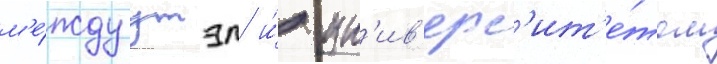
м'е́жду утэп и́ ун'ив'ерс'ит'е́том